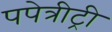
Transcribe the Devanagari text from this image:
पपेत्रीट्री